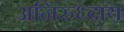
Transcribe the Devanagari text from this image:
अनिरुध्दाय